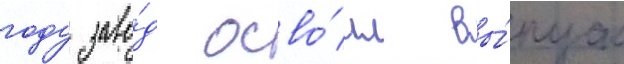
году заво́д осво́ил вы́пуск